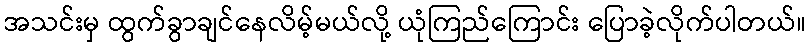
အသင်းမှ ထွက်ခွာချင်နေလိမ့်မယ်လို့ ယုံကြည်ကြောင်း ပြောခဲ့လိုက်ပါတယ်။